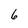
Character: 6